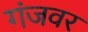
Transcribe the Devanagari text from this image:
गंजवर